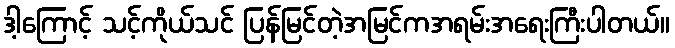
ဒါ့ကြောင့် သင့်ကိုယ်သင် ပြန်မြင်တဲ့အမြင်ကအရမ်းအရေးကြီးပါတယ်။